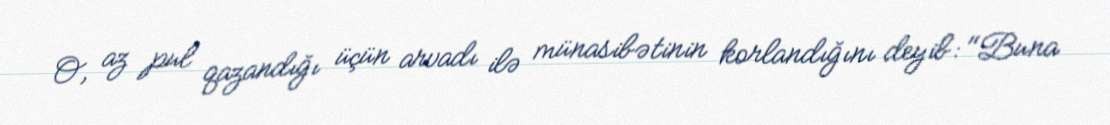
O, az pul qazandığı üçün arvadı ilə münasibətinin korlandığını deyib: "Buna